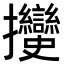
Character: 𢺲